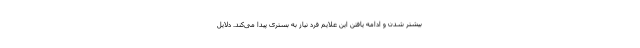
بیشتر شدن و ادامه یافتن این علایم فرد نیاز به بستری پیدا می‌کند. دلایل